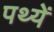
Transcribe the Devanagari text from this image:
पथ्यें